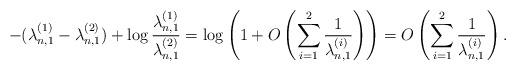
LaTeX: \begin{align*}-(\lambda_{n,1}^{(1)}-\lambda_{n,1}^{(2)})+\log\frac{\lambda_{n,1}^{(1)}}{\lambda_{n,1}^{(2)}}=\log\left(1+O\left(\sum_{i=1}^2\frac{1}{\lambda_{n,1}^{(i)}}\right)\right)=O\left(\sum_{i=1}^2\frac{1}{\lambda_{n,1}^{(i)}}\right).\end{align*}